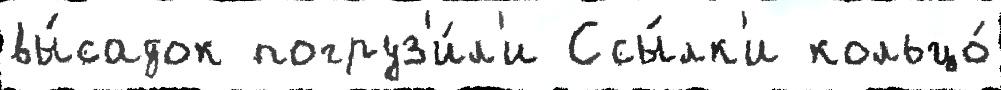
вы́садок погруз'и́л'и Ссы́лк'и кольцо́